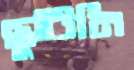
ছুটিনি